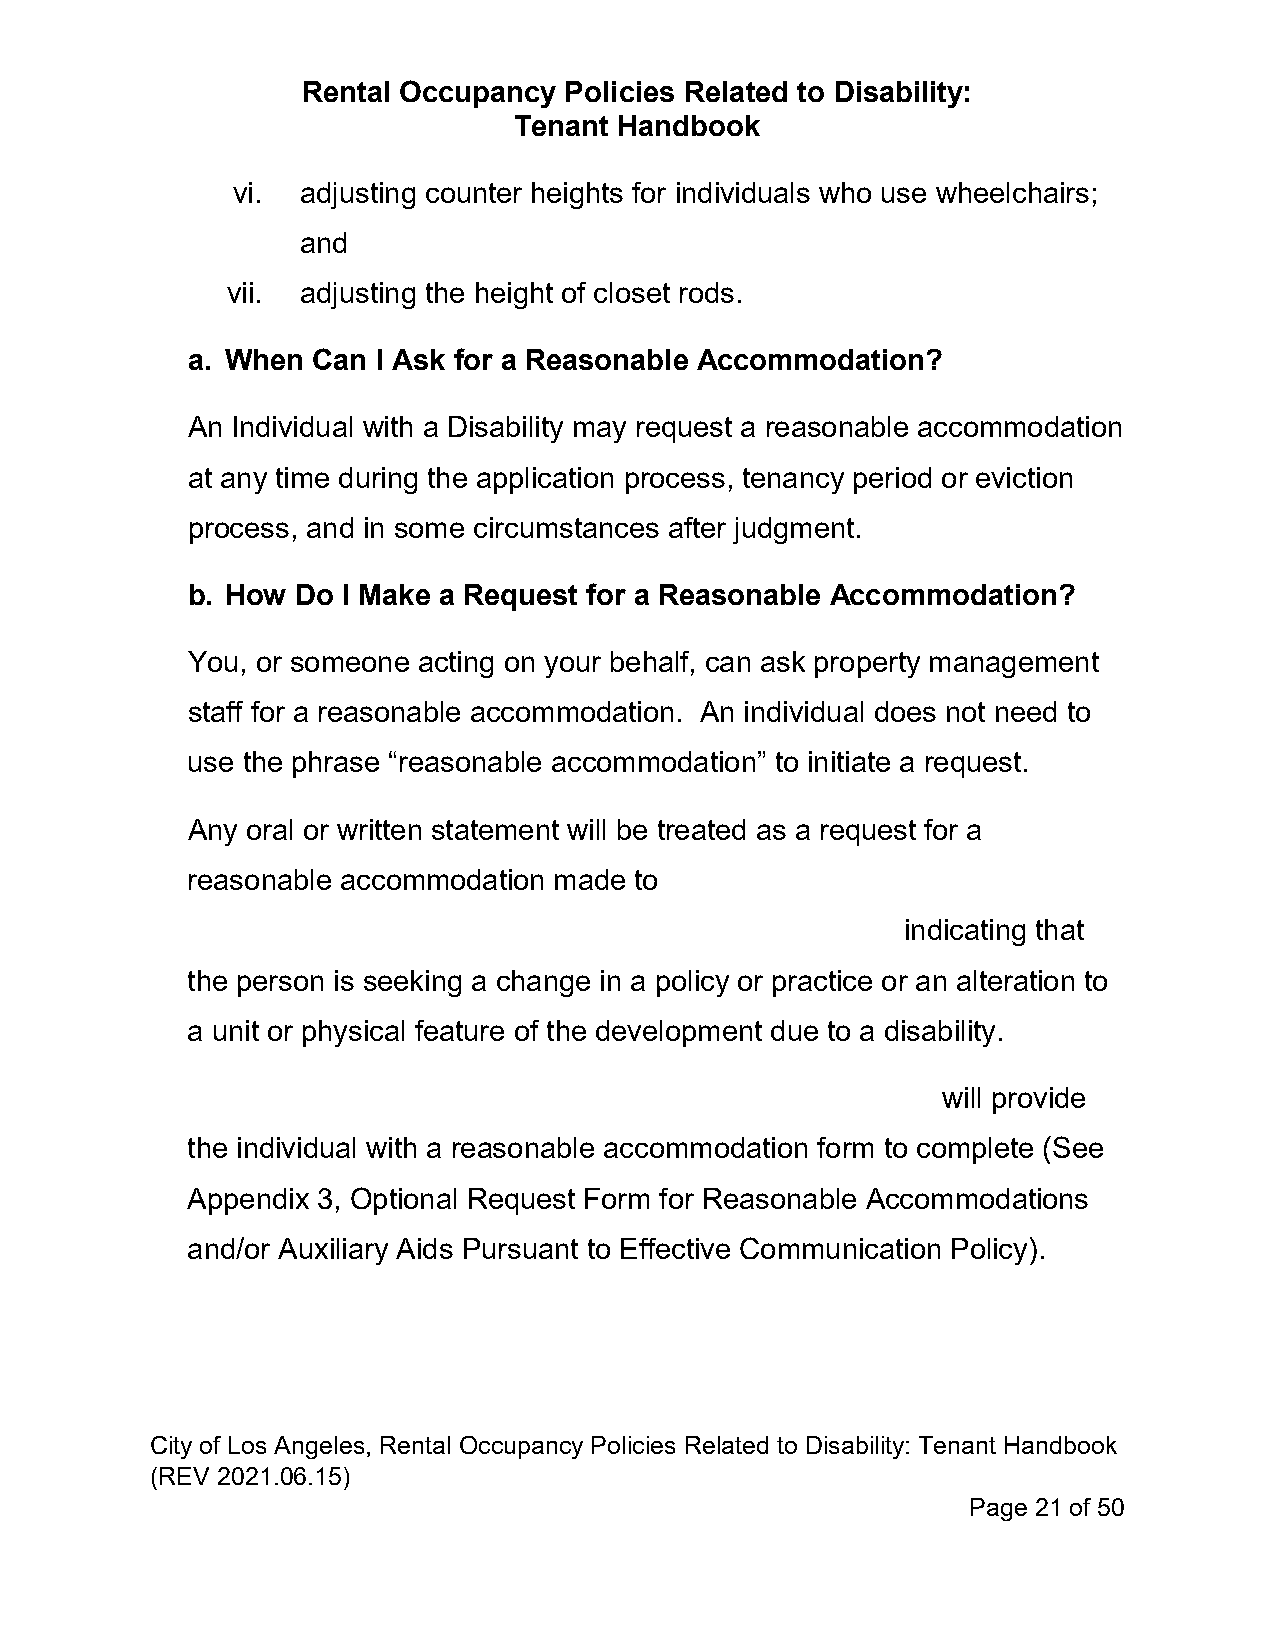
Rental Occupancy Policies Related to Disability:
 Tenant Handbook
 vi.  adjusting counter heights for individuals who use wheelchairs;
 and
 vii. adjusting the height of closet rods.
 a. When  Can I Ask for a Reasonable Accommodation?
 An Individual with a Disability may request a reasonable accommodation
 at any time during the application process, tenancy period or eviction
 process, and in some circumstances after judgment.
 b. How  Do I Make a Request for a Reasonable Accommodation?
 You, or someone acting on your behalf, can ask property management
 staff for a reasonable accommodation. An individual does not need to
 use the phrase “reasonable accommodation” to initiate a request.
 Any oral or written statement will be treated as a request for a
 reasonable accommodation made to
 indicating that
 the person is seeking a change in a policy or practice or an alteration to
 a unit or physical feature of the development due to a disability.
 will provide
 the individual with a reasonable accommodation form to complete (See
 Appendix 3, Optional Request Form for Reasonable Accommodations
 and/or Auxiliary Aids Pursuant to Effective Communication Policy).
 City of Los Angeles, Rental Occupancy Policies Related to Disability: Tenant Handbook
 (REV 2021.06.15)
 Page 21 of 50